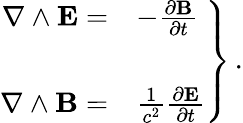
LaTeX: \left.\begin{array}{rl}{{\nabla\wedge{\mathbf E}=}}&{{-{\frac{\partial{\mathbf B}}{\partial t}}}}\\ {{}}&{{}}\\ {{\nabla\wedge{\mathbf B}=}}&{{\frac{1}{c^{2}}{\frac{\partial{\mathbf E}}{\partial t}}}}\end{array}\right\} \, .